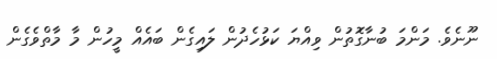
ނޫނެވެ. މަންމަ ބުނާގޮތުން ވިއްޔަ ކަޅުހެދުން ލައިގެން ބައެއް މީހުން މާ މާތްވެގެން